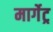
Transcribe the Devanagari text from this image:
मार्गेट्र